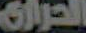
الحراري